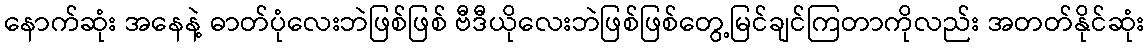
နောက်ဆုံး အနေနဲ့ ဓာတ်ပုံလေးဘဲဖြစ်ဖြစ် ဗီဒီယိုလေးဘဲဖြစ်ဖြစ်တွေ့မြင်ချင်ကြတာကိုလည်း အတတ်နိုင်ဆုံး